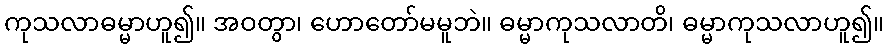
ကုသလာဓမ္မာဟူ၍။ အဝတွာ၊ ဟောတော်မမူဘဲ။ ဓမ္မာကုသလာတိ၊ ဓမ္မာကုသလာဟူ၍။